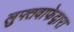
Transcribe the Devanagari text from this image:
लुफ्तवाफेद्वारा